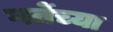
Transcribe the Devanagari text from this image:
गर्तेच्या